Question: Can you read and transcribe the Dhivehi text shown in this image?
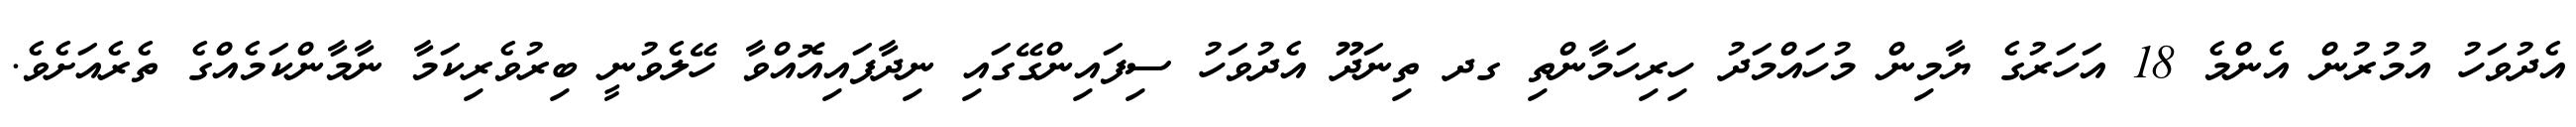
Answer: އެދުވަހު އުމުރުން އެންމެ 18 އަހަރުގެ ޔާމިން މުހައްމަދު ހިރިހަމާންތި ގދ ތިނަދޫ އެދުވަހު ސިފައިންގޭގައި ނިދާފައިއޮއްވާ ހޭލެވުނީ ބިރުވެރިކަމާ ނާމާންކަމެއްގެ ތެރެއަށެވެ.